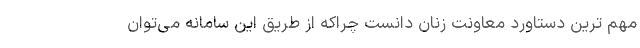
مهم ترین دستاورد معاونت زنان دانست چراکه از طریق این سامانه می‌توان